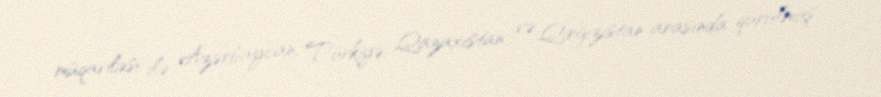
müqaviləsi ilə Azərbaycan, Türkiyə, Qazaxıstan və Qırğızıstan arasında qurulmuş